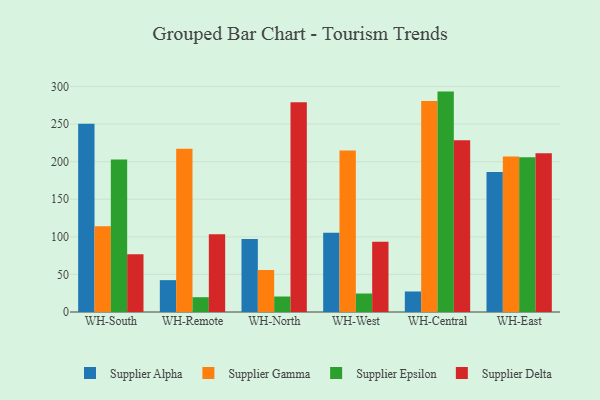
{"axis": {"x": "Warehouse", "y": "Operating Costs (USD K)"}, "legend": ["Supplier Alpha", "Supplier Delta", "Supplier Epsilon", "Supplier Gamma"], "data": [{"x": "WH-South", "y": 250.5, "type": "Supplier Alpha"}, {"x": "WH-South", "y": 114.0, "type": "Supplier Gamma"}, {"x": "WH-South", "y": 202.9, "type": "Supplier Epsilon"}, {"x": "WH-South", "y": 76.7, "type": "Supplier Delta"}, {"x": "WH-Remote", "y": 42.4, "type": "Supplier Alpha"}, {"x": "WH-Remote", "y": 217.3, "type": "Supplier Gamma"}, {"x": "WH-Remote", "y": 19.7, "type": "Supplier Epsilon"}, {"x": "WH-Remote", "y": 103.5, "type": "Supplier Delta"}, {"x": "WH-North", "y": 97.0, "type": "Supplier Alpha"}, {"x": "WH-North", "y": 55.9, "type": "Supplier Gamma"}, {"x": "WH-North", "y": 20.6, "type": "Supplier Epsilon"}, {"x": "WH-North", "y": 279.2, "type": "Supplier Delta"}, {"x": "WH-West", "y": 105.3, "type": "Supplier Alpha"}, {"x": "WH-West", "y": 215.0, "type": "Supplier Gamma"}, {"x": "WH-West", "y": 24.6, "type": "Supplier Epsilon"}, {"x": "WH-West", "y": 93.5, "type": "Supplier Delta"}, {"x": "WH-Central", "y": 27.3, "type": "Supplier Alpha"}, {"x": "WH-Central", "y": 280.9, "type": "Supplier Gamma"}, {"x": "WH-Central", "y": 293.3, "type": "Supplier Epsilon"}, {"x": "WH-Central", "y": 228.7, "type": "Supplier Delta"}, {"x": "WH-East", "y": 186.2, "type": "Supplier Alpha"}, {"x": "WH-East", "y": 207.0, "type": "Supplier Gamma"}, {"x": "WH-East", "y": 205.9, "type": "Supplier Epsilon"}, {"x": "WH-East", "y": 211.3, "type": "Supplier Delta"}]}